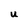
Character: u